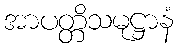
အာပတ္တိသမုဋ္ဌာနံ